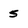
Character: 5